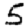
Digit: 5